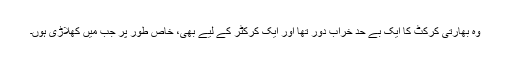
وہ بھارتی کرکٹ کا ایک بے حد خراب دور تھا اور ایک کرکٹر کے لیے بھی، خاص طور پر جب میں کھلاڑی ہوں۔